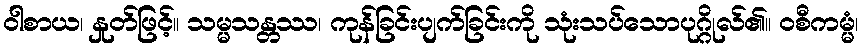
ဝါစာယ၊ နှုတ်ဖြင့်။ သမ္မသန္တဿ၊ ကုန်ခြင်းပျက်ခြင်းကို သုံးသပ်သောပုဂ္ဂိုလ်၏။ ဝစီကမ္မံ၊